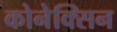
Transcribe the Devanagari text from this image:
कोनेक्सिन